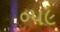
૦૫૯